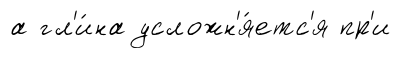
а гл'и́на усложн'я́етс'я пр'и